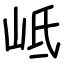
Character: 岻